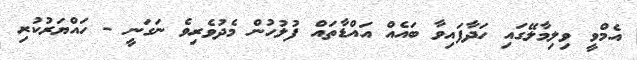
އެމްވީ ވިލިމާލޭގައި ހަދާފައިވާ ބައެއް އައްޑާތައް ފުލުހުން މެދުވެރިވެ ނަގަނީ - ހައްޔަރުކުރި